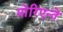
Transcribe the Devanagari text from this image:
मोरिएन्ते